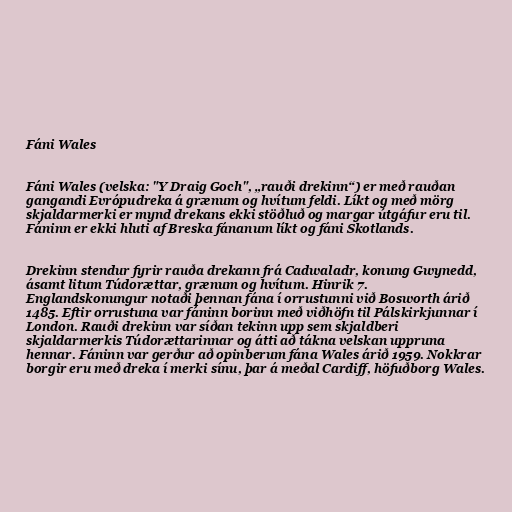
Fáni Wales

Fáni Wales (velska: "Y Draig Goch", „rauði drekinn“) er með rauðan
gangandi Evrópudreka á grænum og hvítum feldi. Líkt og með mörg
skjaldarmerki er mynd drekans ekki stöðluð og margar útgáfur eru til.
Fáninn er ekki hluti af Breska fánanum líkt og fáni Skotlands.

Drekinn stendur fyrir rauða drekann frá Cadwaladr, konung Gwynedd,
ásamt litum Túdorættar, grænum og hvítum. Hinrik 7.
Englandskonungur notaði þennan fána í orrustunni við Bosworth árið
1485. Eftir orrustuna var fáninn borinn með viðhöfn til Pálskirkjunnar í
London. Rauði drekinn var síðan tekinn upp sem skjaldberi
skjaldarmerkis Túdorættarinnar og átti að tákna velskan uppruna
hennar. Fáninn var gerður að opinberum fána Wales árið 1959. Nokkrar
borgir eru með dreka í merki sínu, þar á meðal Cardiff, höfuðborg Wales.